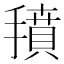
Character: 𱠱